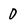
Character: O